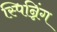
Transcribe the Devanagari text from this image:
स्पिन्निंग